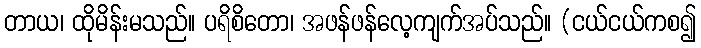
တာယ၊ ထိုမိန်းမသည်။ ပရိစိတော၊ အဖန်ဖန်လေ့ကျက်အပ်သည်။ (ငယ်ငယ်ကစ၍